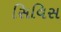
સિવિસ